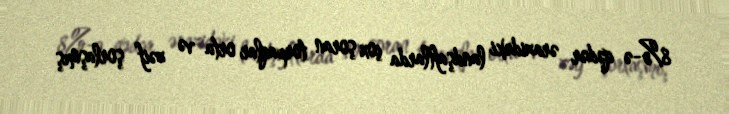
8%-ə qədər ərazidəki landşaftlarda çox şoran torpaqlar orta və zəif şorlaşmış